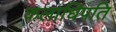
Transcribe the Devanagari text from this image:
कलाधिपति